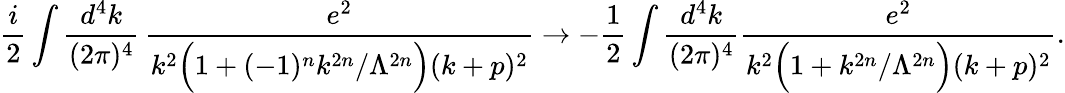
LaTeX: \frac{i}{2}\int\frac{d^{4}k}{(2\pi)^{4}}\, \frac{e^{2}}{k^{2}\Big(1+(-1)^{n}k^{2n}/\Lambda^{2n}\Big)(k+p)^{2}}\to-\frac{1}{2}\int\frac{d^{4}k}{(2\pi)^{4}}\frac{e^{2}}{k^{2}\Big(1+k^{2n}/\Lambda^{2n}\Big)(k+p)^{2}}.